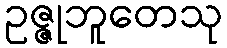
ဥဇ္ဇုဘူတေသု